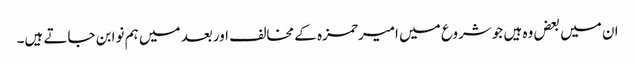
ان میں بعض وہ ہیں جوشروع میں امیرحمزہ کے مخالف اوربعد میں ہم نوابن جاتے ہیں۔